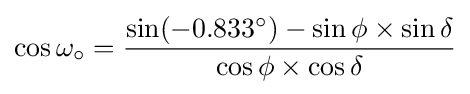
\cos \omega _{\circ }={\dfrac {\sin(-0.833^{\circ })-\sin \phi \times \sin \delta }{\cos \phi \times \cos \delta }}